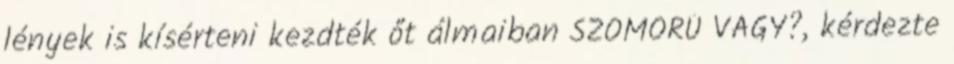
lények is kísérteni kezdték őt álmaiban SZOMORÚ VAGY?, kérdezte